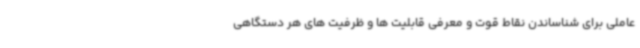
عاملی برای شناساندن نقاط قوت و معرفی قابلیت ها و ظرفیت های هر دستگاهی